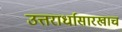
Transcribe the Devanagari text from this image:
उत्तरार्धासारखाच